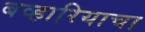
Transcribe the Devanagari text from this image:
बव्हारियाचा